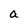
Character: a